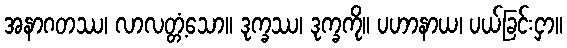
အနာဂတဿ၊ လာလတ္တံ့သော။ ဒုက္ခဿ၊ ဒုက္ခကို။ ပဟာနာယ၊ ပယ်ခြင်းငှာ။